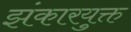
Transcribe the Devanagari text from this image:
झंकारयुक्त